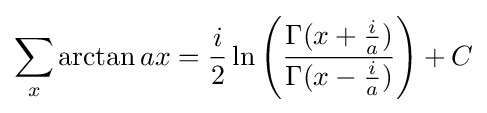
\sum _{x}\arctan ax={\frac {i}{2}}\ln \left({\frac {\Gamma (x+{\frac {i}{a}})}{\Gamma (x-{\frac {i}{a}})}}\right)+C